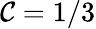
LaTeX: \mathcal{C}=1/3